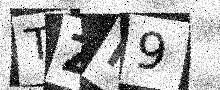
Text: TZP9